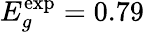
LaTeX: E_{g}^{\exp}=0.79